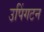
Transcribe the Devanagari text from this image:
उपिंगटन